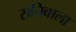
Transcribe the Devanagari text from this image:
सचिवाला